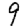
Digit: 9